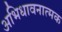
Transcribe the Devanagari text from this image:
अभिधावनात्मक